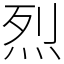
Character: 烈